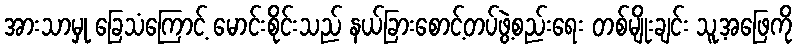
အားသာမှု ခြေသံကြောင့် မောင်းစိုင်းသည် နယ်ခြားစောင့်တပ်ဖွဲ့စည်းရေး တစ်မျိုးချင်း သူ့အဖြေကို